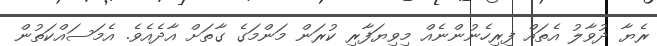
ރެޔާ ދުވާލު އެތައް ފިރިހެނުންނެއް މިވިޔަފާރި ކުރަން މަންމަގެ ގާތަށް އާދެއެވެ. އެމަސައްކަތުން